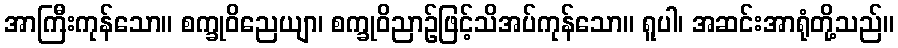
အာကြီးကုန်သော။ စက္ခုဝိညေယျာ၊ စက္ခုဝိညာဉ်ဖြင့်သိအပ်ကုန်သော။ ရူပါ၊ အဆင်းအာရုံတို့သည်။